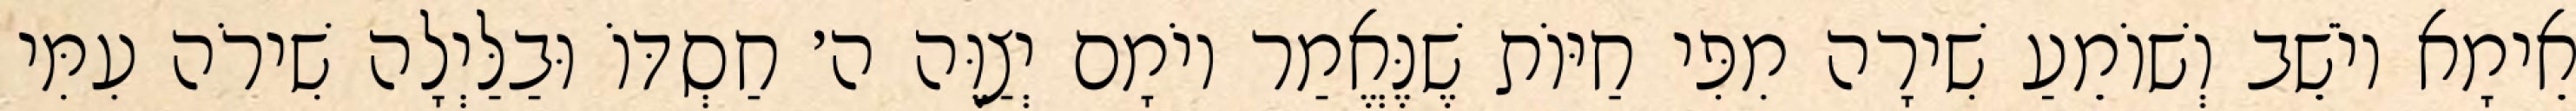
אֵימָא יוֹשֵׁב וְשׁוֹמֵעַ שִׁירָה מִפִּי חַיּוֹת שֶׁנֶּאֱמַר יוֹמָם יְצַוֶּה ה׳ חַסְדּוֹ וּבַלַּיְלָה שִׁירֹה עִמִּי